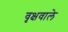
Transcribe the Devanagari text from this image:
वृक्षवाले